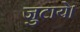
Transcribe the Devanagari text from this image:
जुटाये।